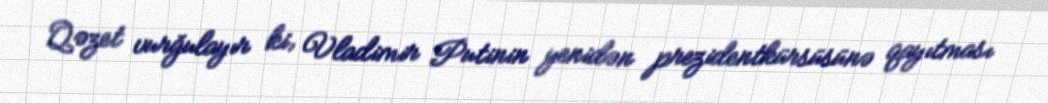
Qəzet vurğulayır ki, Vladimir Putinin yenidən prezidentkürsüsünə qayıtması